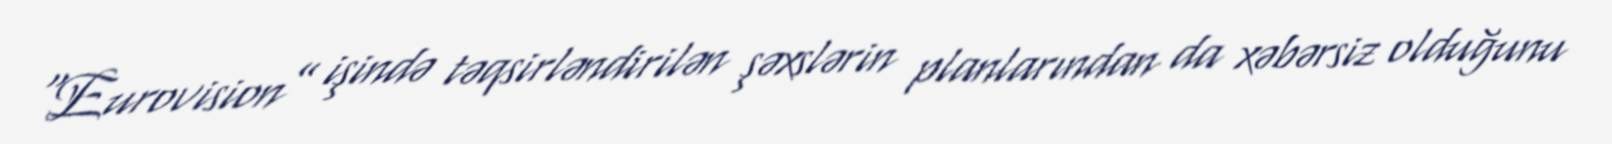
"Eurovision” işində təqsirləndirilən şəxslərin planlarından da xəbərsiz olduğunu